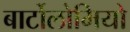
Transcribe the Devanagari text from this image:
बार्टोलोमियो